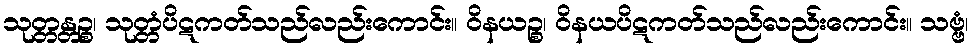
သုတ္တန္တဉ္စ၊ သုတ္တံပိဋကတ်သည်လည်းကောင်း။ ဝိနယဉ္စ၊ ဝိနယပိဋကတ်သည်လည်းကောင်း။ သဗ္ဗံ၊